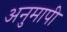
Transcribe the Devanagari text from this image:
अनुमापी